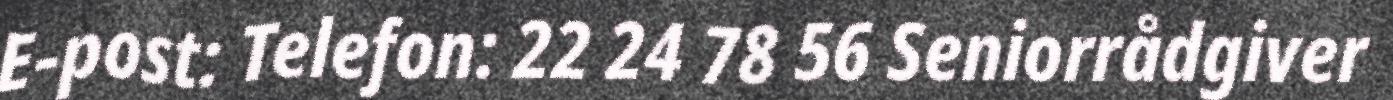
E-post: Telefon: 22 24 78 56 Seniorrådgiver